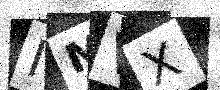
Text: IMVX